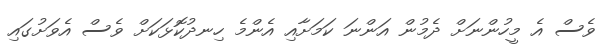
ވެސް އެ މީހުންނަށް ދެމުން އަންނަ ކަމަށާއި އެންމެ ހިނދުކޮޅަކަށް ވެސް އެވަށުގައި